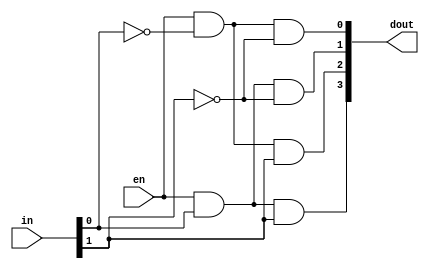
/*--  *******************************************************
--  Computer Architecture Course, Laboratory Sources 
--  Amirkabir University of Technology (Tehran Polytechnic)
--  Department of Computer Engineering (CE-AUT)
--  https://ce[dot]aut[dot]ac[dot]ir
--  *******************************************************
--  All Rights reserved (C) 2019-2020
--  *******************************************************
--  Student ID  : 9829039	
--  Student Name: Pouya Mohammadi
--  Student Mail: pouyamohammadyirbu@gmail.com
--  *******************************************************
--  Additional Comments:
--
--	Teamate information:
--	Mehran Aksari
--	9831007
--*/

/*-----------------------------------------------------------
---  Module Name: Decoder 2 to 4 Gate Level
---  Description: Lab 05 Part 1
-----------------------------------------------------------*/
`timescale 1 ns/1 ns

module decoder2x4 (
	input [1:0] in ,
	input en ,
	output [3:0] dout
);

	// Wires
	wire [1:0] inNot;
	
	// Not gates
	not gNote0(inNot[0], in[0]);
	not gNote1(inNot[1], in[1]);
	
	// Outputs
	and minTermGate0(dout[0], en, inNot[0], inNot[1]);
	and minTermGate1(dout[1], en, in[0], inNot[1]);
	and minTermGate2(dout[2], en, inNot[0], in[1]);
	and minTermGate3(dout[3], en, in[0], in[1]);

endmodule